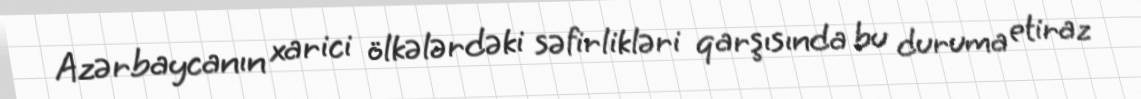
Azərbaycanın xarici ölkələrdəki səfirlikləri qarşısında bu duruma etiraz